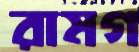
রামগ